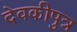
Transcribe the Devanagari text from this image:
देवकीपुत्र